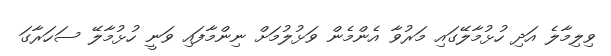
ވިލިމާލެ އަދި ހުޅުމާލޭގައި މަރުވާ އެންމެން ވަޅުލުމަށް ނިންމާފައި ވަނީ ހުޅުމާލޭ ސަހަރާގަ